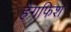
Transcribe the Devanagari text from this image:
हैगफिश